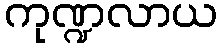
ကုဏ္ဍလာယ